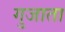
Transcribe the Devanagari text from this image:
गुजाता